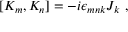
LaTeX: [ K _ { m } , K _ { n } ] = - i \epsilon _ { m n k } J _ { k } ~ ,